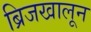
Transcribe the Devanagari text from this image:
ब्रिजखालून